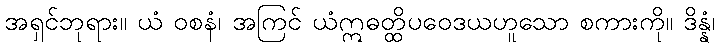
အရှင်ဘုရား။ ယံ ဝစနံ၊ အကြင် ယံဣဓတ္ထိပဝေဒယဟူသော စကားကို။ ဒိန္နံ၊